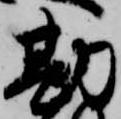
勘